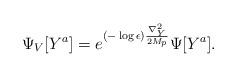
LaTeX: \begin{align*}\Psi_V [Y^a]= e^{(-\log \epsilon) {\nabla_Y^2 \over 2 M_p} } \Psi[Y^a].\end{align*}